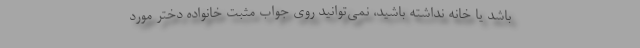
باشد یا خانه نداشته باشید، نمی‌توانید روی جواب مثبت خانواده دختر مورد